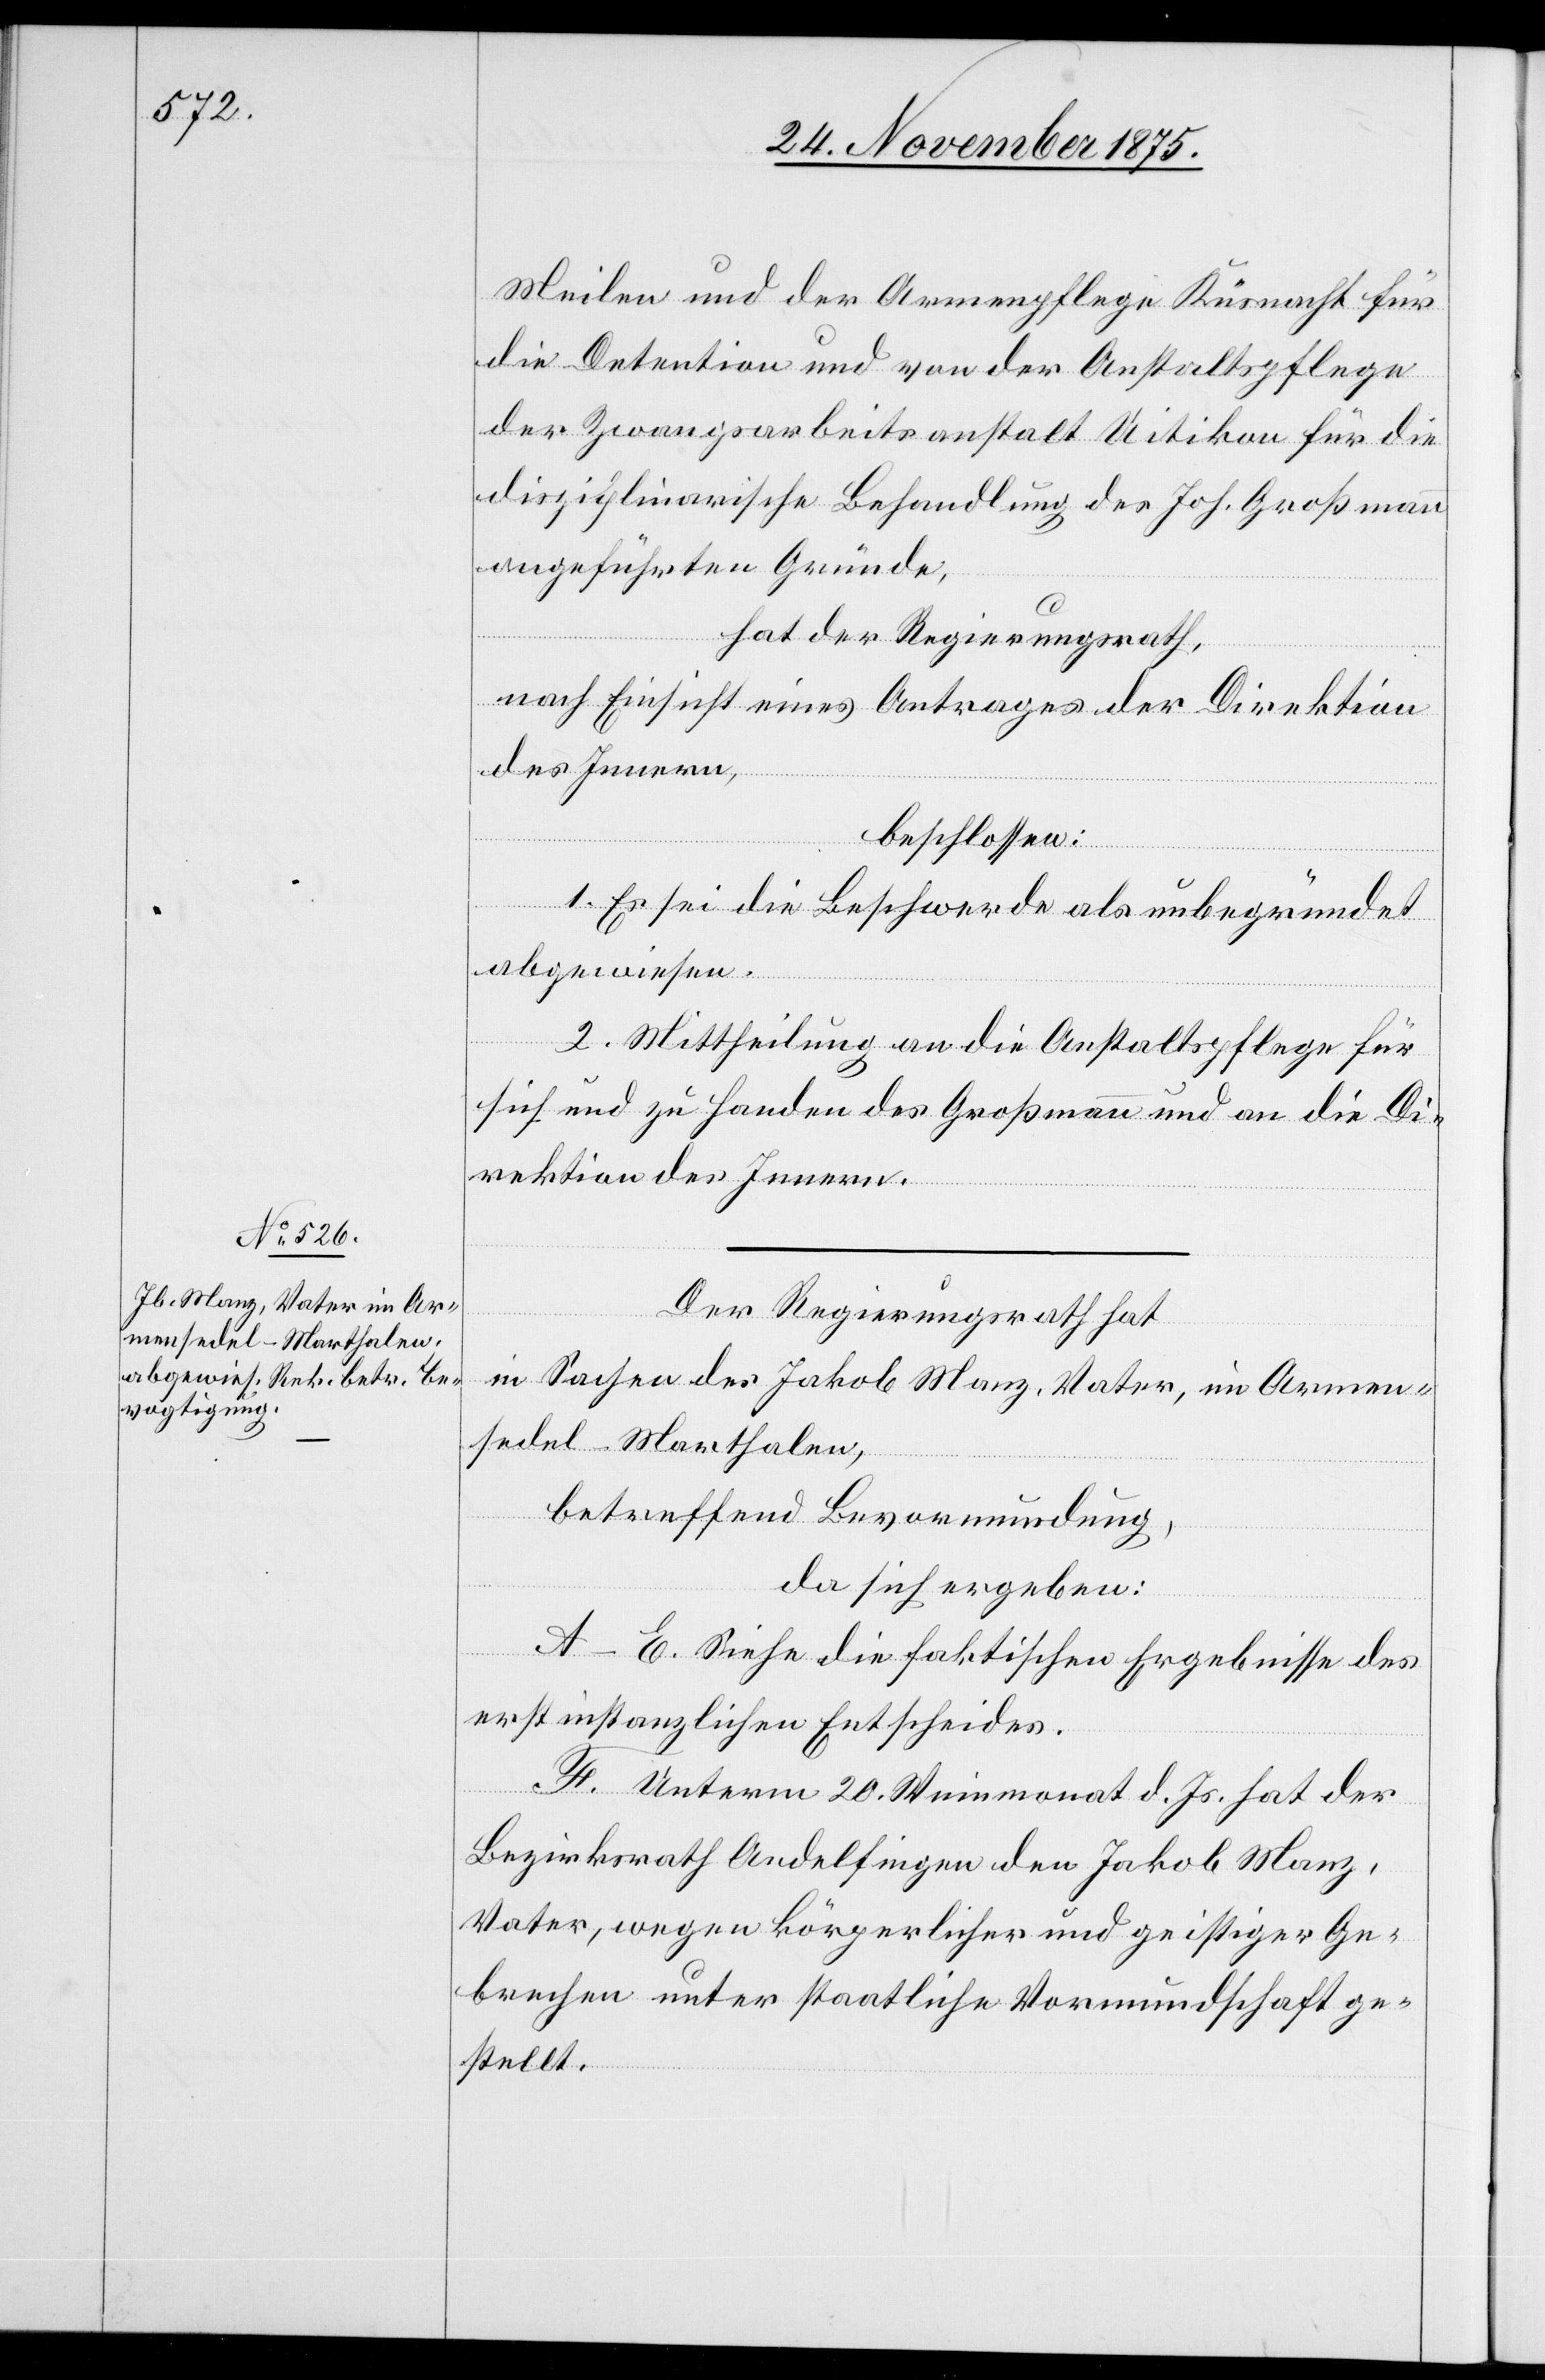
Meilen und der Armenpflege Küsnacht für
die Detention und von der Anstaltspflege
der Zwangsarbeitsanstalt Uitikon für die
disziplinarische Behandlung des Joh. Großmann
angeführten Gründe,
hat der Regierungsrath,
nach Einsicht eines Antrages der Direktion
des Innern,
beschlossen:
1. Es sei die Beschwerde als unbegründet
abgewiesen.
2. Mittheilung an die Anstaltspflege für
sich und zu Handen des Großmann und an die Di¬
rektion des Innern.
Der Regierungsrath hat
in Sachen des Jakob Manz, Vater, im Armen¬
sedel-Marthalen,
betreffend Bevormundung,
da sich ergeben:
A–E. Siehe die faktischen Ergebnisse des
erstinstanzlichen Entscheides.
F. Unterm 20. Weinmonat d. Js. hat der
Bezirksrath Andelfingen den Jakob Manz,
Vater, wegen körperlicher und geistiger Ge¬
brechen unter staatliche Vormundschaft ge¬
stellt.